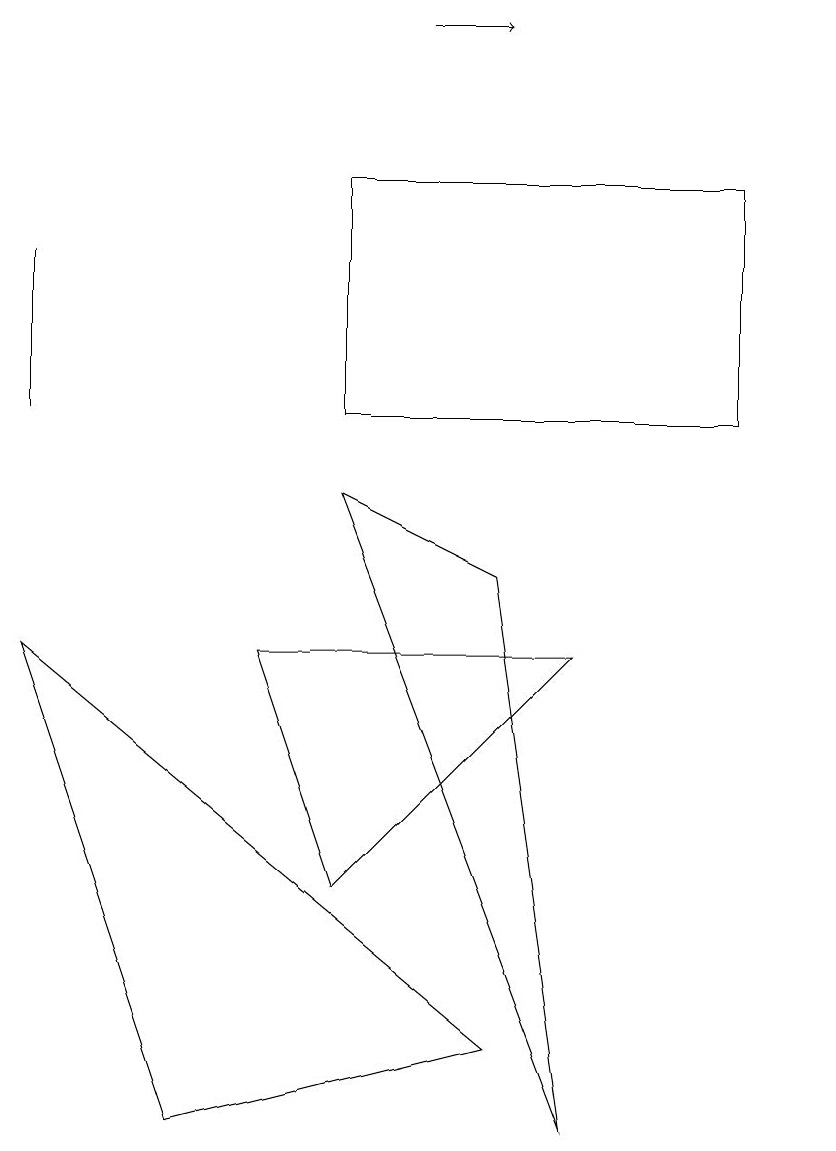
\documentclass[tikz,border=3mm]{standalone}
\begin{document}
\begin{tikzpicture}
\draw (10,11) circle (0);
\draw (7,7) -- (3,7) -- (4,4) -- cycle;
\draw (0,10) rectangle (0,12);
\draw (4,10) rectangle (9,13);
\draw (7,1) -- (4,9) -- (6,8) -- cycle;
\draw (2,1) -- (0,7) -- (6,2) -- cycle;
\draw[->] (5,15) -- (6,15);
\draw (10,12) circle (0);
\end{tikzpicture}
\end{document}